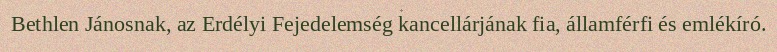
Bethlen Jánosnak, az Erdélyi Fejedelemség kancellárjának fia, államférfi és emlékíró.